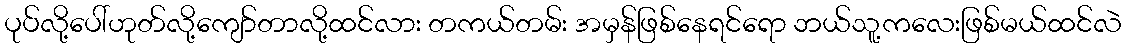
ပုပ်လို့ပေါ်ဟုတ်လို့ကျော်တာလို့ထင်လား တကယ်တမ်း အမှန်ဖြစ်နေရင်ရော ဘယ်သူ့ကလေးဖြစ်မယ်ထင်လဲ